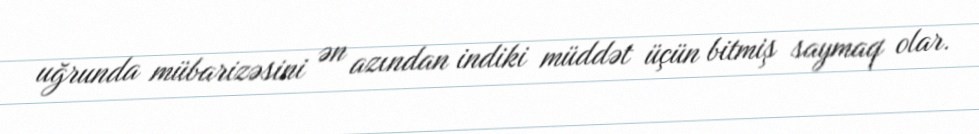
uğrunda mübarizəsini ən azından indiki müddət üçün bitmiş saymaq olar.